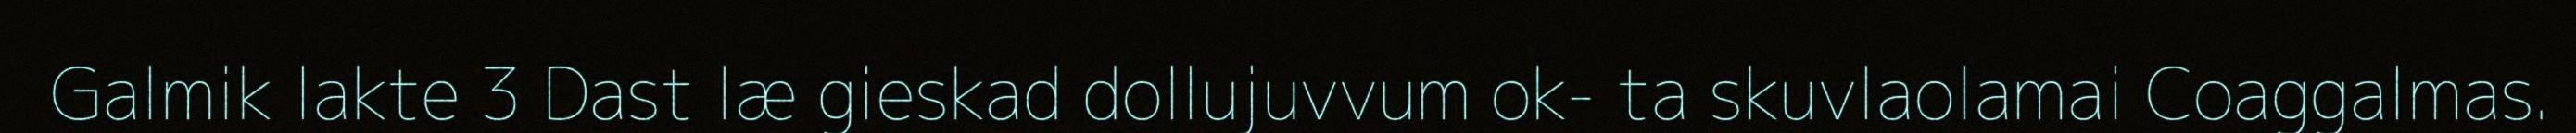
Galmik lakte 3 Dast læ gieskad dollujuvvum ok- ta skuvlaolamai Coaggalmas.